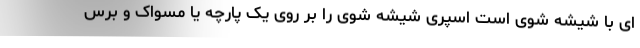
ای با شیشه شوی است اسپری شیشه شوی را بر روی یک پارچه یا مسواک و برس